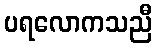
ပရလောကသညီ